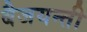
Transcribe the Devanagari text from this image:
बैजयन्‍ती